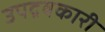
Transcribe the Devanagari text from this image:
उपद्रवकारी